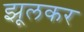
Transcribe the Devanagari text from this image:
झूलकर